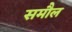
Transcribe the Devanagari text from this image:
समौल